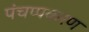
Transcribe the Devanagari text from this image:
पंचप्पकरण